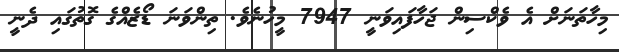
މިހާތަނަށް އެ ވެކްސިން ޖަހާފައިވަނީ 7947 މީހުނެވެ. ތިންވަނަ ޑޯޒެއްގެ ގޮތުގައި ދެނީ